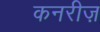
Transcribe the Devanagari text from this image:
कनरीज़